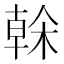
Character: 榦